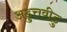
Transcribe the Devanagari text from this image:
अडुत्तवीडु